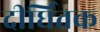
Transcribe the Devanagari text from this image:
दीर्घितक